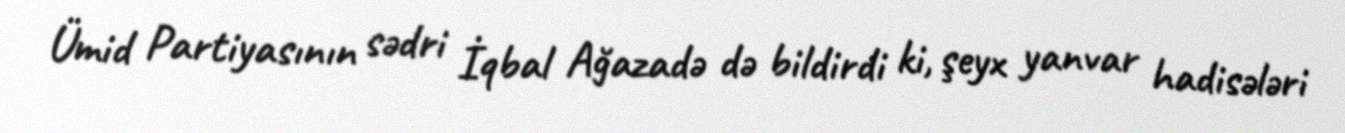
Ümid Partiyasının sədri İqbal Ağazadə də bildirdi ki, şeyx yanvar hadisələri